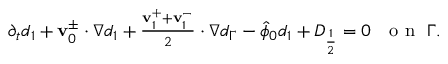
\begin{array} { r } { \partial _ { t } d _ { 1 } + \mathbf { v } _ { 0 } ^ { \pm } \cdot \nabla d _ { 1 } + \frac { \mathbf { v } _ { 1 } ^ { + } + \mathbf { v } _ { 1 } ^ { - } } { 2 } \cdot \nabla d _ { \Gamma } - \hat { \phi } _ { 0 } d _ { 1 } + D _ { \frac { 1 } { 2 } } = 0 \ \ \mathrm { ~ o ~ n ~ } \ \Gamma . } \end{array}